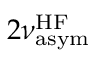
2 \nu _ { \mathrm { a s y m } } ^ { \mathrm { H F } }